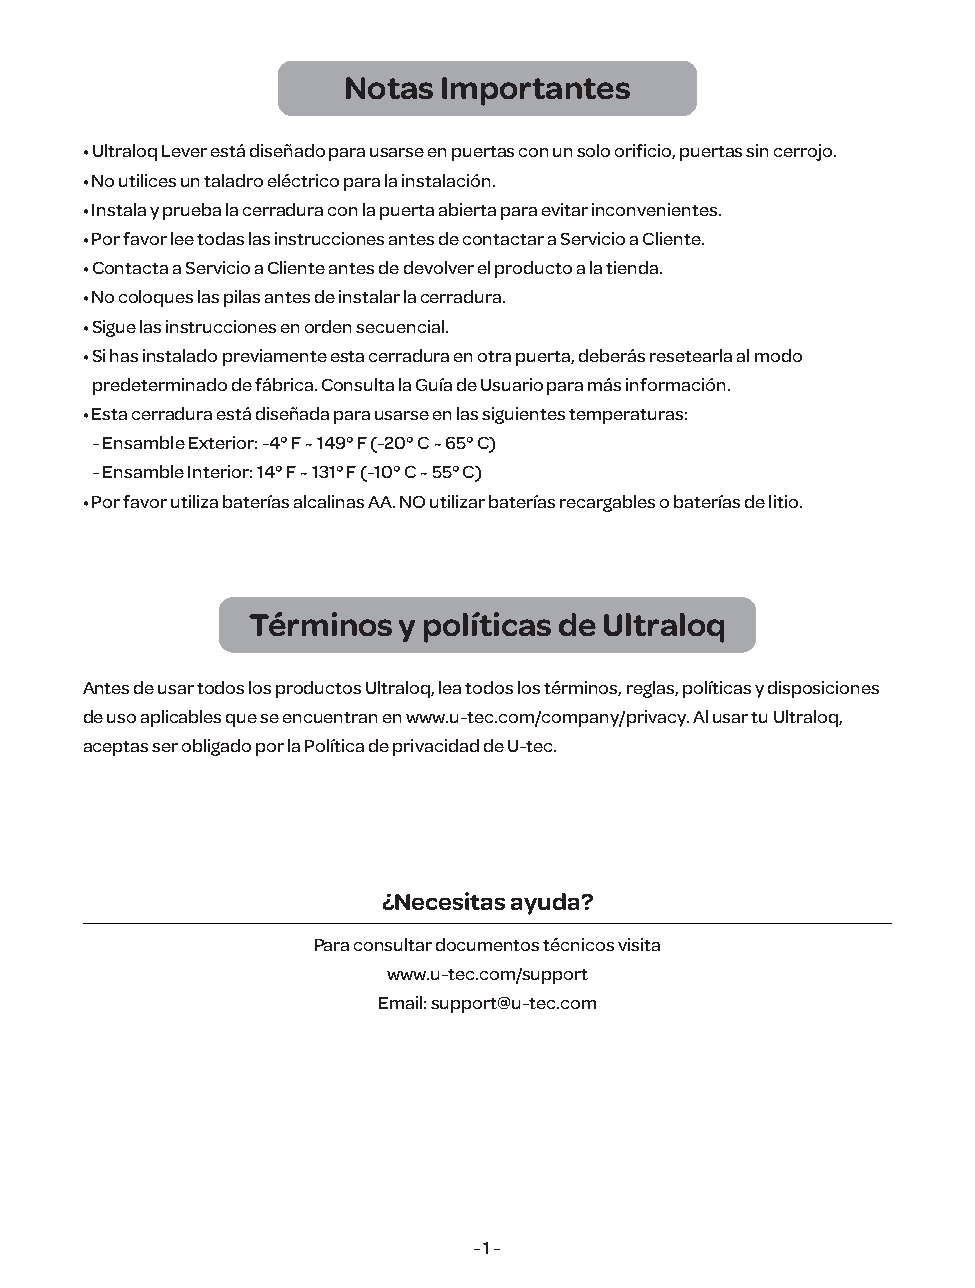
Notas Importantes
 • Ultraloq Lever está diseñado para usarse en puertas con un solo orificio, puertas sin cerrojo.
 • No utilices un taladro eléctrico para la instalación.
 • Instala y prueba la cerradura con la puerta abierta para evitar inconvenientes.
 • Por favor lee todas las instrucciones antes de contactar a Servicio a Cliente.
 • Contacta a Servicio a Cliente antes de devolver el producto a la tienda.
 • No coloques las pilas antes de instalar la cerradura.
 • Sigue las instrucciones en orden secuencial.
 • Si has instalado previamente esta cerradura en otra puerta, deberás resetearla al modo
 predeterminado de fábrica. Consulta la Guía de Usuario para más información.
 • Esta cerradura está diseñada para usarse en las siguientes temperaturas:
 - Ensamble Exterior: -4° F ~ 149° F (-20° C ~ 65° C)
 - Ensamble Interior: 14° F ~ 131° F (-10° C ~ 55° C)
 • Por favor utiliza baterías alcalinas AA. NO utilizar baterías recargables o baterías de litio.
 Términos  y políticas de Ultraloq
 Antes de usar todos los productos Ultraloq, lea todos los términos, reglas, políticas y disposiciones
 de uso aplicables que se encuentran en www.u-tec.com/company/privacy. Al usar tu Ultraloq,
 aceptas ser obligado por la Política de privacidad de U-tec.
 ¿Necesitas ayuda?
 Para consultar documentos técnicos visita
 www.u-tec.com/support
 Email: support@u-tec.com
 - 1 -